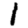
Digit: 1